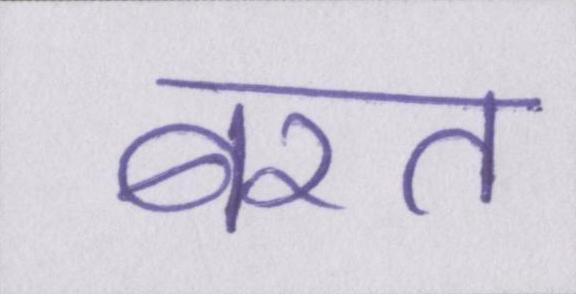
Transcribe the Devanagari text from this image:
बरत